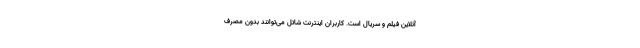
آنلاین فیلم و سریال است. کاربران اینترنت شاتل می‌توانند بدون مصرف